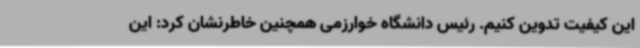
این کیفیت تدوین کنیم. رئیس دانشگاه خوارزمی همچنین خاطرنشان کرد: این